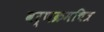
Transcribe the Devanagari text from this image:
वर्णक्रमचित्र